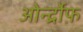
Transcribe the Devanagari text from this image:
ओर्न्द्रोफ़